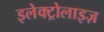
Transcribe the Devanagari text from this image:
इलेक्ट्रोलाइज़